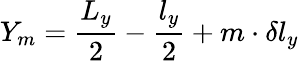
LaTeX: Y_{m}=\frac{L_{y}}{2}-\frac{l_{y}}{2}+m\cdot\delta l_{y}